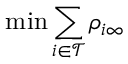
\operatorname* { m i n } \sum _ { i \in \mathcal { T } } \rho _ { i \infty }